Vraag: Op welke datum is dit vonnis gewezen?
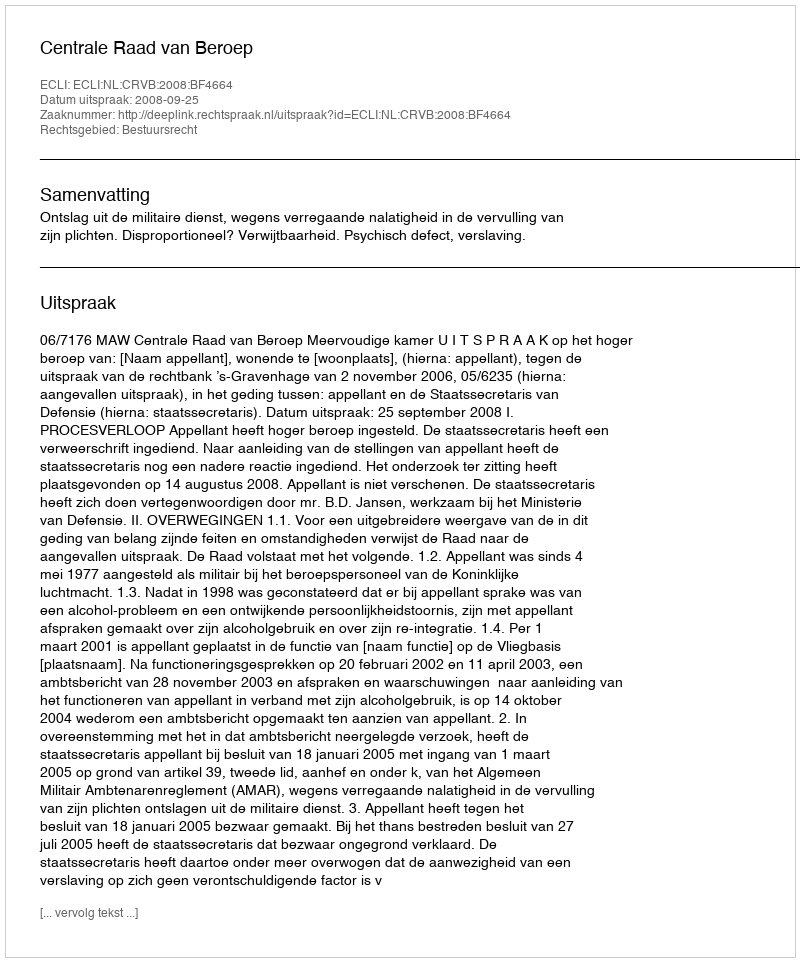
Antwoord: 2008-09-25